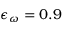
\epsilon _ { \omega } = 0 . 9